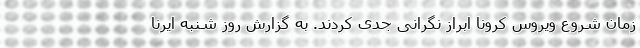
زمان شروع ویروس کرونا ابراز نگرانی جدی کردند. به گزارش روز شنبه ایرنا